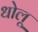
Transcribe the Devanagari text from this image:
धोलू